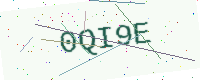
Text: 0QI9E